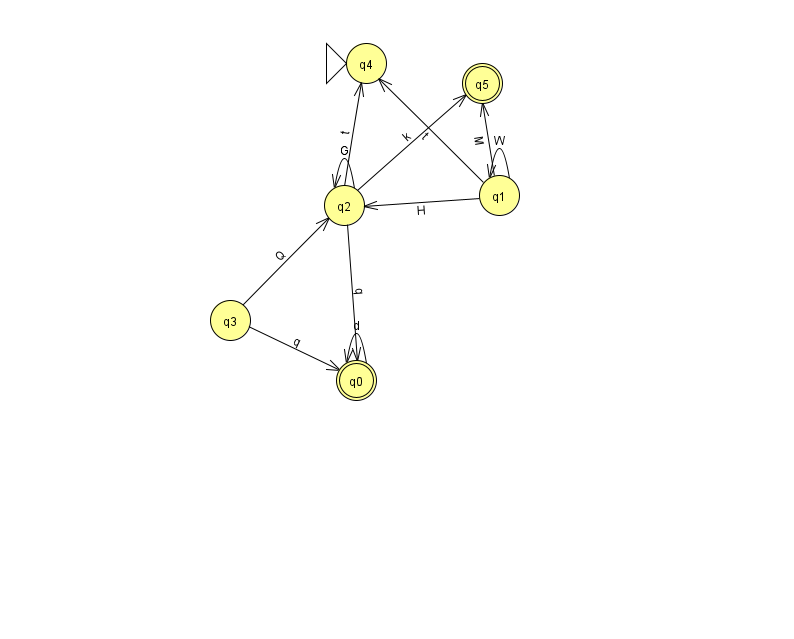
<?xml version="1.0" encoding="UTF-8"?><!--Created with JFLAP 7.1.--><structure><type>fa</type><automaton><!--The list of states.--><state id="0" name="q0"><x>356.0</x><y>367.0</y><final/></state><state id="1" name="q1"><x>499.0</x><y>182.0</y></state><state id="2" name="q2"><x>344.0</x><y>192.0</y></state><state id="3" name="q3"><x>230.0</x><y>307.0</y></state><state id="4" name="q4"><x>366.0</x><y>50.0</y><initial/></state><state id="5" name="q5"><x>482.0</x><y>70.0</y><final/></state><!--The list of transitions.--><transition><from>1</from><to>4</to><read>t</read></transition><transition><from>2</from><to>0</to><read>q</read></transition><transition><from>0</from><to>0</to><read>d</read></transition><transition><from>1</from><to>5</to><read>M</read></transition><transition><from>2</from><to>4</to><read>t</read></transition><transition><from>2</from><to>5</to><read>k</read></transition><transition><from>1</from><to>1</to><read>W</read></transition><transition><from>2</from><to>2</to><read>G</read></transition><transition><from>3</from><to>2</to><read>Q</read></transition><transition><from>1</from><to>2</to><read>H</read></transition><transition><from>3</from><to>0</to><read>q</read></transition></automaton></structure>